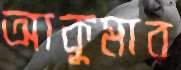
আকুমার